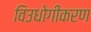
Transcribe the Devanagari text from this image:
विउधोगीकरण